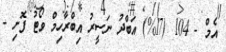
އެމް - 104 (17%) އަބްދު ނަސީރު އިބްރާހިމް ވޯޓު ފޮށި -